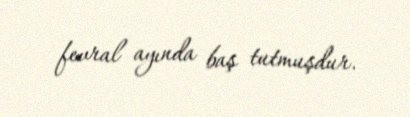
fevral ayında baş tutmuşdur.